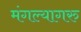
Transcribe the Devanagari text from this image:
मंगल्यागरु